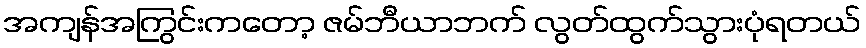
အကျန်အကြွင်းကတော့ ဇမ်ဘီယာဘက် လွတ်ထွက်သွားပုံရတယ်